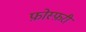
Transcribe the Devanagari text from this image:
फ़ोस्फ़री